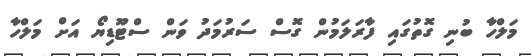
މަލްހާ ބުނި ގޮތުގައި ފާރަލަމުން ގޮސް ސަރުމަދު ވަން ސްޓޫޑިޔޯ އަށް މަލްހާ